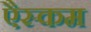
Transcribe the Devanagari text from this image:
एैस्कम